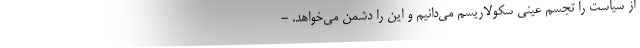
از سیاست را تجسم عینی سکولاریسم می‌دانیم و این را دشمن می‌خواهد. -